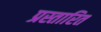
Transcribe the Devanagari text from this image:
प्रस्तारित